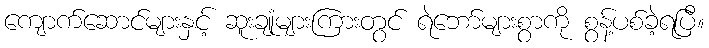
ကျောက်ဆောင်များနှင့် ဆူးချုံများကြားတွင် ရဲဘော်များစွာကို စွန့်ပစ်ခဲ့ရပြီ။